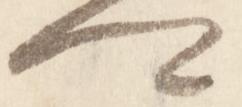
卿